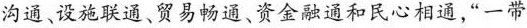
沟通、设施联通、贸易畅通、资金融通和民心相通，”一带